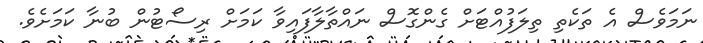
ނަމަވެސް އެ ތަކެތި ތިލަފުއްޓަށް ގެންގޮސް ނައްތާލާފައިވާ ކަމަށް ރިސޯޓުން ބުނާ ކަމަށެވެ.